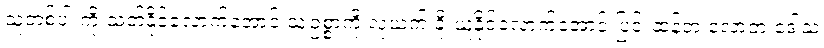
သူတစ်ပါးကို သတ်နိုင်လောက်အောင် သူ့ဥစ္စာကို လုယက် ခိုးယူနိုင်လောက်အောင် ပြင်းထန်တဲ့ လောဘ ဒေါသ